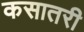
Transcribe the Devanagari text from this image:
कसातरी